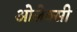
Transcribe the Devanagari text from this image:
ओलेक्सी